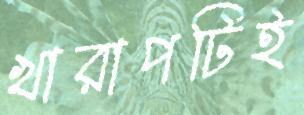
খারাপটিই